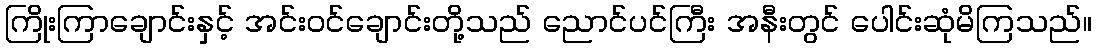
ကြိုးကြာချောင်းနှင့် အင်းဝင်ချောင်းတို့သည် ညောင်ပင်ကြီး အနီးတွင် ပေါင်းဆုံမိကြသည်။